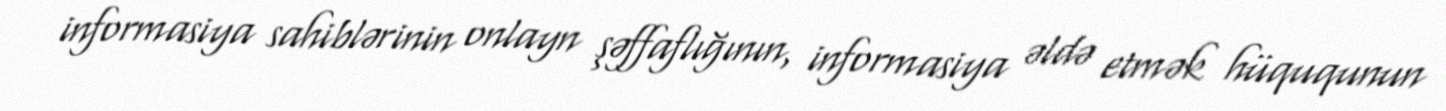
informasiya sahiblərinin onlayn şəffaflığının, informasiya əldə etmək hüququnun